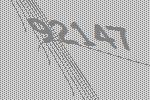
92147